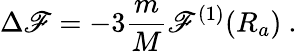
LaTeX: \Delta\mathscr{F}=-3\frac{{m}}{{M}}\mathscr{F}^{(1)}(R_{a})\ .